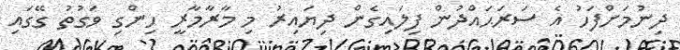
ދިނުމަށްފަހު އެ ސަރަޙައްދުން ފިލައިގެން ދިޔައިރު މި މާރާމާރީ ހިންގި ވަގުތު ގޭގައި